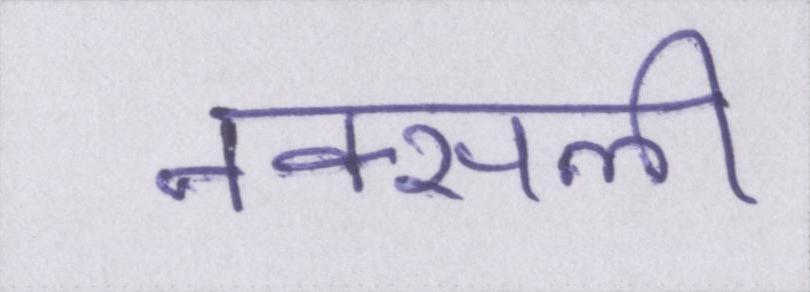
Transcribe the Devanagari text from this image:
नक्सली